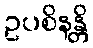
ဥပစိနန္တိ